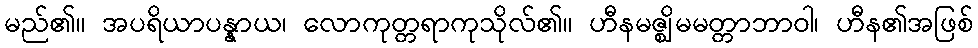
မည်၏။ အပရိယာပန္နာယ၊ လောကုတ္တရာကုသိုလ်၏။ ဟီနမဇ္ဈိမမတ္တာဘာဝါ၊ ဟီန၏အဖြစ်